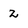
Character: 2